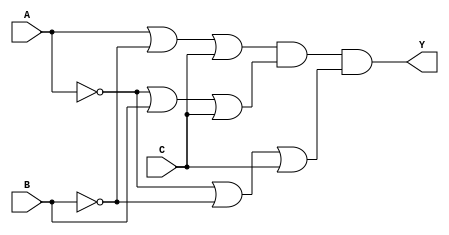
module pos_logic (
    input wire A, // Input variable A
    input wire B, // Input variable B
    input wire C, // Input variable C
    output wire Y // Output variable Y
);

// Sum terms based on the conditions identified for output = 0
wire sum_term_1; // Represents (A + B' + C)
wire sum_term_2; // Represents (A' + B + C)
wire sum_term_3; // Represents (A' + B' + C')

// Implementing the sum terms using OR gates
assign sum_term_1 = A | (~B) | C; // A + B' + C
assign sum_term_2 = (~A) | B | C; // A' + B + C
assign sum_term_3 = (~A) | (~B) | C; // A' + B' + C

// Final output Y is the AND of all sum terms
assign Y = sum_term_1 & sum_term_2 & sum_term_3; // (A + B' + C)(A' + B + C)(A' + B' + C)

endmodule